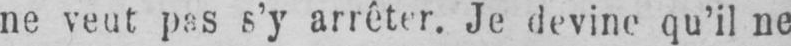
ne veut pas s’y arrêter. Je devine qu’il ne